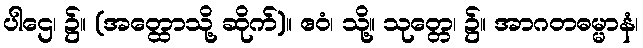
ပါဌေ၊ ၌။ (အတ္ထောသို့ ဆိုက်)။ ဧဝံ၊ သို့။ သုတ္တေ၊ ၌။ အာဂတဓမ္မာနံ၊